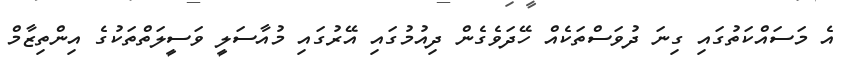
އެ މަސައްކަތުގައި ގިނަ ދުވަސްތަކެއް ހޭދަވެގެން ދިއުމުގައި އޭރުގައި މުއާސަލީ ވަސީލަތްތަކުގެ އިންތިޒާމް